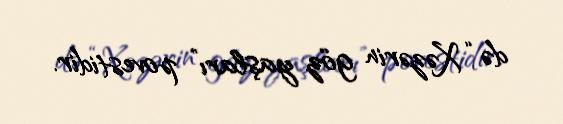
də “Xəzərin göz yaşları” povestidir.